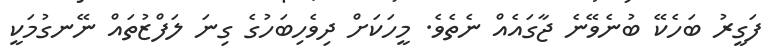
ފަގީރު ބަހެކޭ ބުނެވޭނެ ޖާގައެއް ނެތެވެ. މީހަކަށް ދިވެހިބަހުގެ ގިނަ ލަފްޒުތައް ނޭނގުމަކީ